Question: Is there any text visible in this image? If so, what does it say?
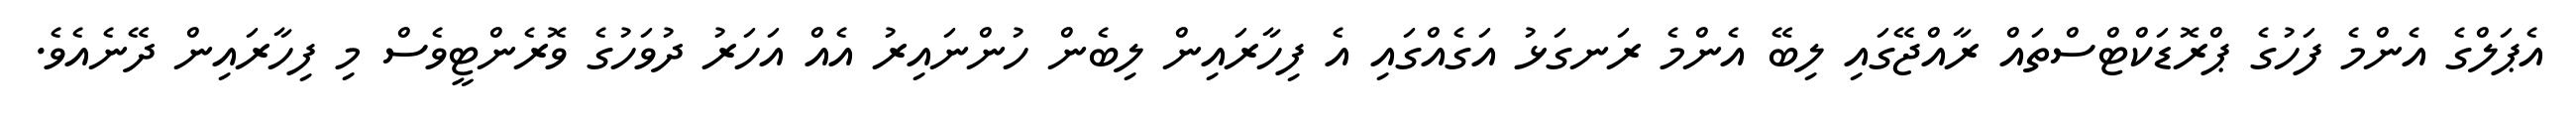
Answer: އެޕަލްގެ އެންމެ ފަހުގެ ޕްރޮޑަކްޓްސްތައް ރާއްޖޭގައި ލިބޭ އެންމެ ރަނގަޅު އަގެއްގައި އެ ފިހާރައިން ލިބެން ހުންނައިރު އެއް އަހަރު ދުވަހުގެ ވޮރެންޓީވެސް މި ފިހާރައިން ދޭނެއެވެ.